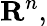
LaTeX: \mathbf{R}^{n},